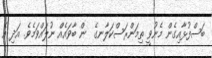
ބަސްފުޅާއިގެން މެނުވީ ތިމަންރަސްކަލާނގެ  ން ބާވައެއް ނުލައްވަމެވެ. އަދި އެ